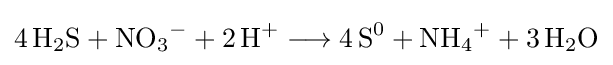
{4\,\mathrm {H} {\vphantom {A}}_{\smash[{t}]{2}}\mathrm {S} {}+{}\mathrm {NO} {\vphantom {A}}_{\smash[{t}]{3}}{\vphantom {A}}^{-}{}+{}2\,\mathrm {H} {\vphantom {A}}^{+}{}\mathrel {\longrightarrow } {}4\,\mathrm {S} {\vphantom {A}}^{0}{}+{}\mathrm {NH} {\vphantom {A}}_{\smash[{t}]{4}}{\vphantom {A}}^{+}{}+{}3\,\mathrm {H} {\vphantom {A}}_{\smash[{t}]{2}}\mathrm {O} }